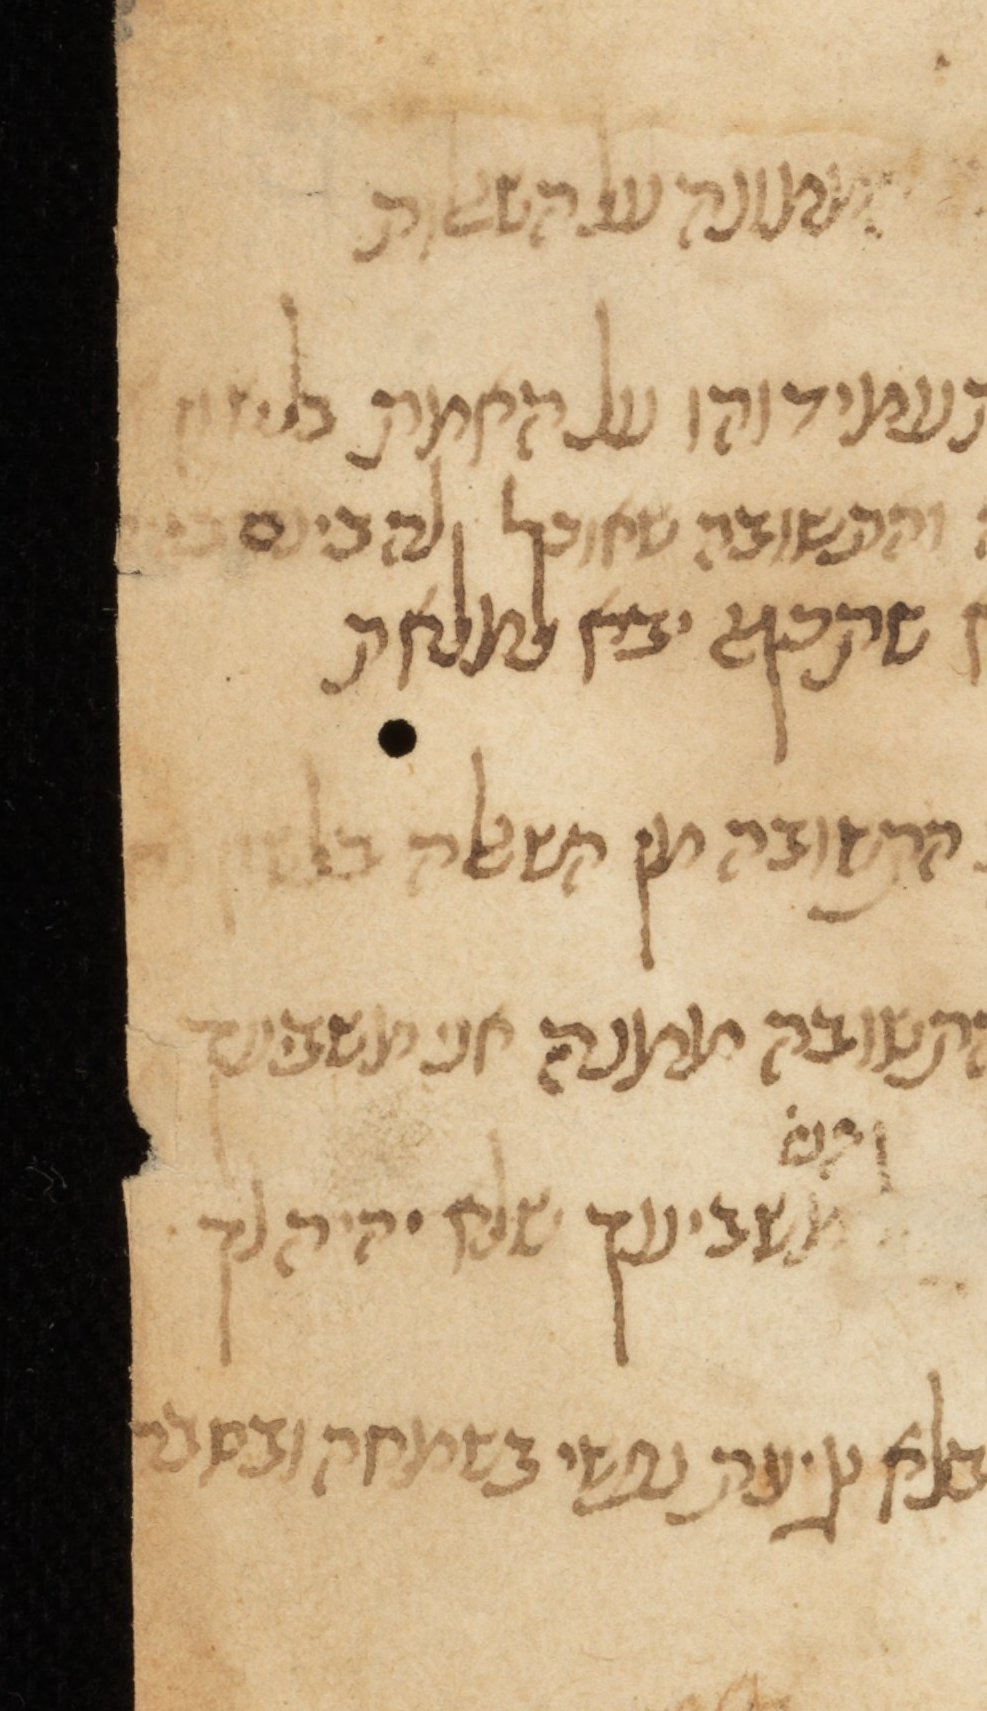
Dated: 1400–1799